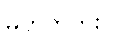
မဟုတ်ဘူး။